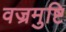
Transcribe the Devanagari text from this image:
वज्रमुष्टि